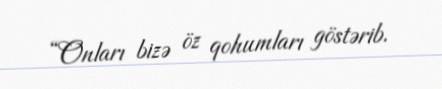
“Onları bizə öz qohumları göstərib.